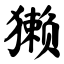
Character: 獭